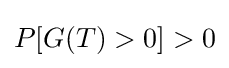
P[G(T)>0]>0